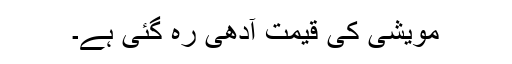
مویشی کی قیمت آدھی رہ گئی ہے۔